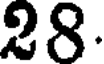
28.